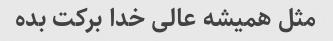
مثل همیشه عالی خدا برکت بده